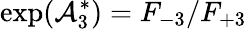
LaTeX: \exp(\mathcal{A}_{3}^{\ast})=F_{-3}/F_{+3}